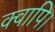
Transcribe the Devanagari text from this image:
क्वापि।